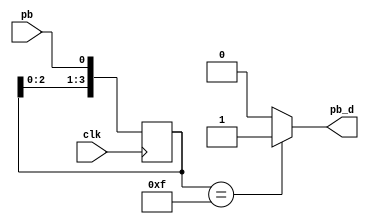
module Debounce (pb_d, pb, clk);
    output pb_d; // signal of a pushbutton after being debounced
    input pb; // signal from a pushbutton
    input clk;
    
    reg [3:0] DFF; // use shift_reg to filter pushbutton bounce
    
    always @(posedge clk) begin
        DFF[3:1] <= DFF[2:0];
        DFF[0] <= pb;
    end
    
    assign pb_d = ((DFF == 4'b1111) ? 1'b1 : 1'b0);
endmodule

module OnePulse (
	output reg signal_single_pulse,
	input wire signal,
	input wire clock
	);
	
	reg signal_delay;

	always @(posedge clock) begin
		if (signal == 1'b1 & signal_delay == 1'b0)
		  signal_single_pulse <= 1'b1;
		else
		  signal_single_pulse <= 1'b0;

		signal_delay <= signal;
	end
endmodule